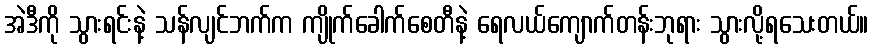
အဲဒီကို သွားရင်းနဲ့ သန်လျင်ဘက်က ကျိုက်ခေါက်စေတီနဲ့ ရေလယ်ကျောက်တန်းဘုရား သွားလို့ရသေးတယ်။